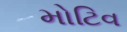
મોટિવ